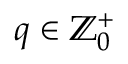
q \in \mathbb { Z } _ { 0 } ^ { + }